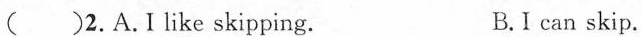
( )2.A.I like skipping. B.I can skip.